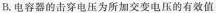
B.电容器的击穿电压为所加交变电压的有效值